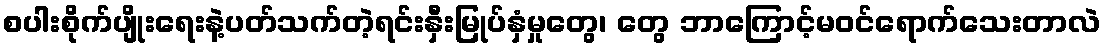
စပါးစိုက်ပျိုးရေးနဲ့ပတ်သက်တဲ့ရင်းနှီးမြုပ်နှံမှုတွေ၊ တွေ ဘာကြောင့်မဝင်ရောက်သေးတာလဲ